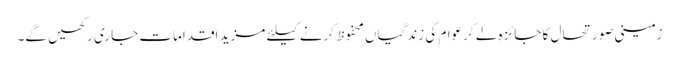
زمینی صورتحال کا جائزہ لے کرعوام کی زندگیاں محفوظ کرنے کیلئے مزید اقدامات جاری رکھیں گے۔